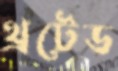
থ্রটেড